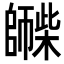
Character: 𪪀